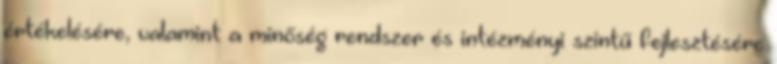
értékelésére, valamint a minőség rendszer és intézményi szintű fejlesztésére